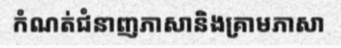
កំណត់ជំនាញភាសានិងគ្រាមភាសា